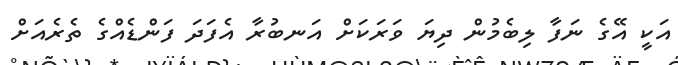
އަކީ އޭގެ ނަފާ ލިބެމުން ދިޔަ ވަރަކަށް އަނބުރާ އެފަދަ ފަންޑެއްގެ ތެރެއަށް